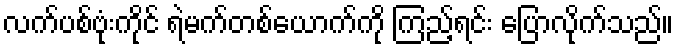
လက်ပစ်ဗုံးကိုင် ရဲမက်တစ်ယောက်ကို ကြည့်ရင်း ပြောလိုက်သည်။